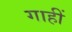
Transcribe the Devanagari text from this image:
गाहीं